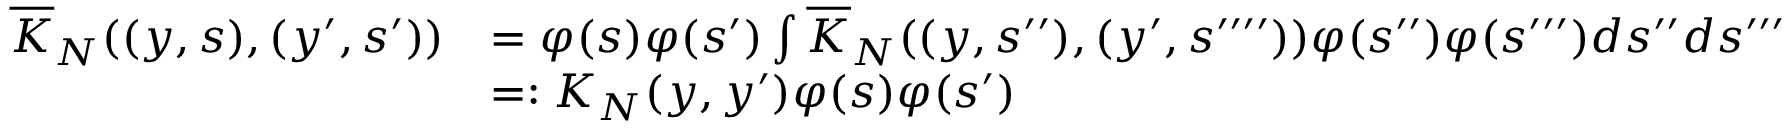
\begin{array} { r l } { \overline { { K } } _ { N } ( ( y , s ) , ( y ^ { \prime } , s ^ { \prime } ) ) } & { = \varphi ( s ) \varphi ( s ^ { \prime } ) \int \overline { { K } } _ { N } ( ( y , s ^ { \prime \prime } ) , ( y ^ { \prime } , s ^ { \prime \prime \prime \prime } ) ) \varphi ( s ^ { \prime \prime } ) \varphi ( s ^ { \prime \prime \prime } ) d s ^ { \prime \prime } d s ^ { \prime \prime \prime } } \\ & { = : K _ { N } ( y , y ^ { \prime } ) \varphi ( s ) \varphi ( s ^ { \prime } ) } \end{array}